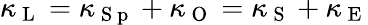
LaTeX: \kappa_{\mathrm{~L~}}=\kappa_{\mathrm{~S~p~}}+\kappa_{\mathrm{~O~}}=\kappa_{\mathrm{~S~}}+\kappa_{\mathrm{~E~}}